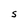
Character: S